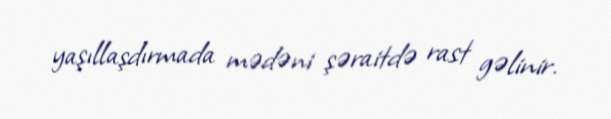
yaşıllaşdırmada mədəni şəraitdə rast gəlinir.